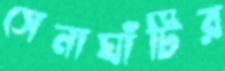
সেনাঘাঁটির